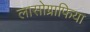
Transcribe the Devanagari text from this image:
लासोग्राफिया